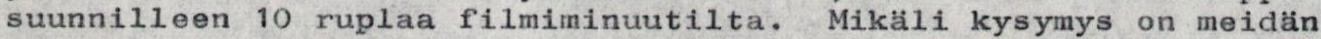
suunnilleen 1O ruplaa filmiminuutilta. Mikäli kysymys on meidän